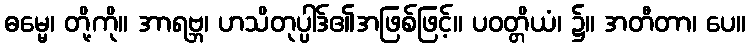
ဓမ္မေ၊ တို့ကို။ အာရဗ္ဘ၊ ဟသိတုပ္ပါဒ်၏အဖြစ်ဖြင့်။ ပဝတ္တိယံ၊ ၌။ အတီတာ၊ ပေ။